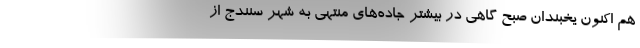
هم اکنون یخبندان صبح گاهی در بیشتر جاده‌های منتهی به شهر سنندج از